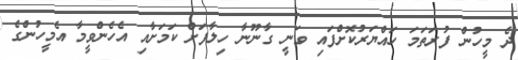
ދެ މީހުން ފުރަތަމަ ހައްޔަރުކޮށްފައި ވަނީ ގާނޫނާ ހިލާފަށް ކަމަށާއި އެހެންވީމާ އެމީހުންގެ